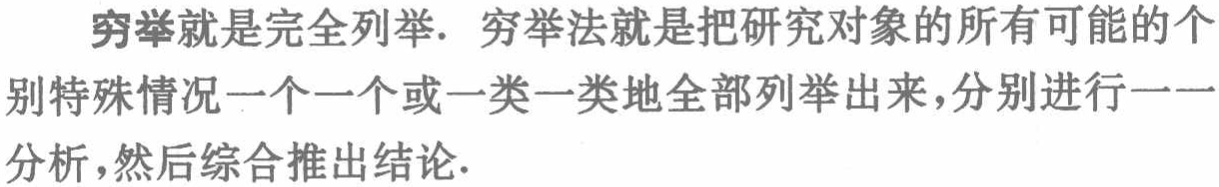
穷举就是完全列举. 穷举法就是把研究对象的所有可能的个别特殊情况一个一个或一类一类地全部列举出来，分别进行一一分析，然后综合推出结论.